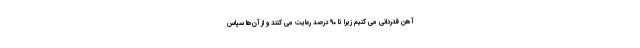
آهن قدردانی می کنیم زیرا تا ۹۰ درصد رعایت می کنند و از آن‌ها سپاس